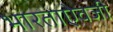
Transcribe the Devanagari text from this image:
भारताऐवजी